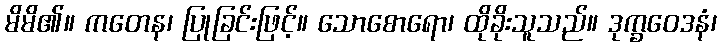
မိမိ၏။ ကတေန၊ ပြုခြင်းဖြင့်။ သောစောရော၊ ထိုခိုးသူသည်။ ဒုက္ခဝေဒနံ၊